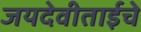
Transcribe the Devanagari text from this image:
जयदेवीताईचे